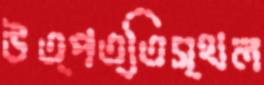
উত্পত্তিস্থল